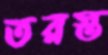
তরস্ত